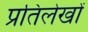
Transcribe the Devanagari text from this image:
प्रतिलेखों